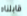
قابلناه